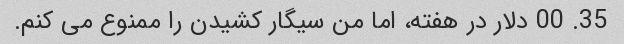
35. 00 دلار در هفته، اما من سیگار کشیدن را ممنوع می کنم.